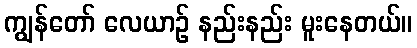
ကျွန်တော် လေယာဉ် နည်းနည်း မူးနေတယ်။